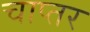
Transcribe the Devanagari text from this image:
चाप्तर